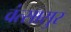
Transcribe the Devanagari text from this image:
वंत्सासुर